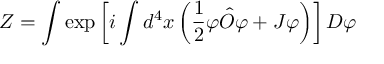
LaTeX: Z = \int \exp \left[ i \int d ^ { 4 } x \left( { \frac { 1 } { 2 } } \varphi { \hat { O } } \varphi + J \varphi \right) \right] D \varphi